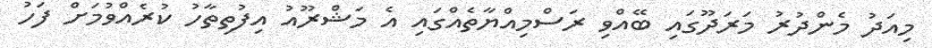
މިއަދު މެންދުރު މަރަދޫގައި ބޭއްވި ރަސްމިއްޔާތެއްގައި އެ މަޝްރޫއު އިފުތިތާހު ކުރެއްވުމަށް ފަހު